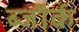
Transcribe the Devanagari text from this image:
ब्जौर्क